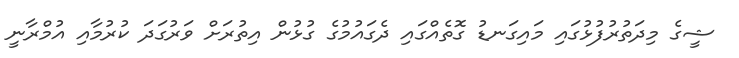
ޝީގެ މިދަތުރުފުޅުގައި މައިގަނޑު ގޮތެއްގައި ދެގައުމުގެ ގުޅުން އިތުރަށް ވަރުގަދަ ކުރުމާއި އުމްރާނީ